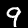
Label: 9